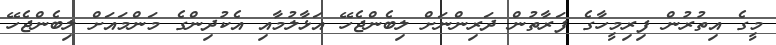
މީގެ އިތުރުން ފިރިމީހާގެ ފަރާތުން ދަރިންނަށް ލިބެންޖެހޭ އަޅާލުމާއި އެކުދިންގެ މަންމައަށް ލިބެންޖެހޭ